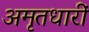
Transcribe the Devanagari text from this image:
अमृतधारीं